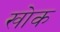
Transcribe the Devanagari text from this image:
खोक